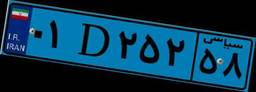
۵۳D۷۹۵۶۱